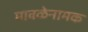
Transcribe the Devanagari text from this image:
मावळेनामक